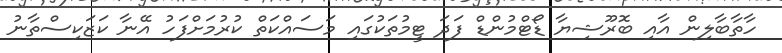
ހާތާބާލިން އާއި ބޮރޫޝިޔާ ޑޯޓްމުންޑް ފަދަ ޓީމުތަކުގައި މަސައްކަތް ކުރުމަށްފަހު އޭނާ ކަޒަކިސްތާނު